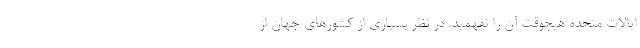
ایالات متحده هیچوقت آن را نفهمید. در نظر بسیاری از کشورهای جهان از